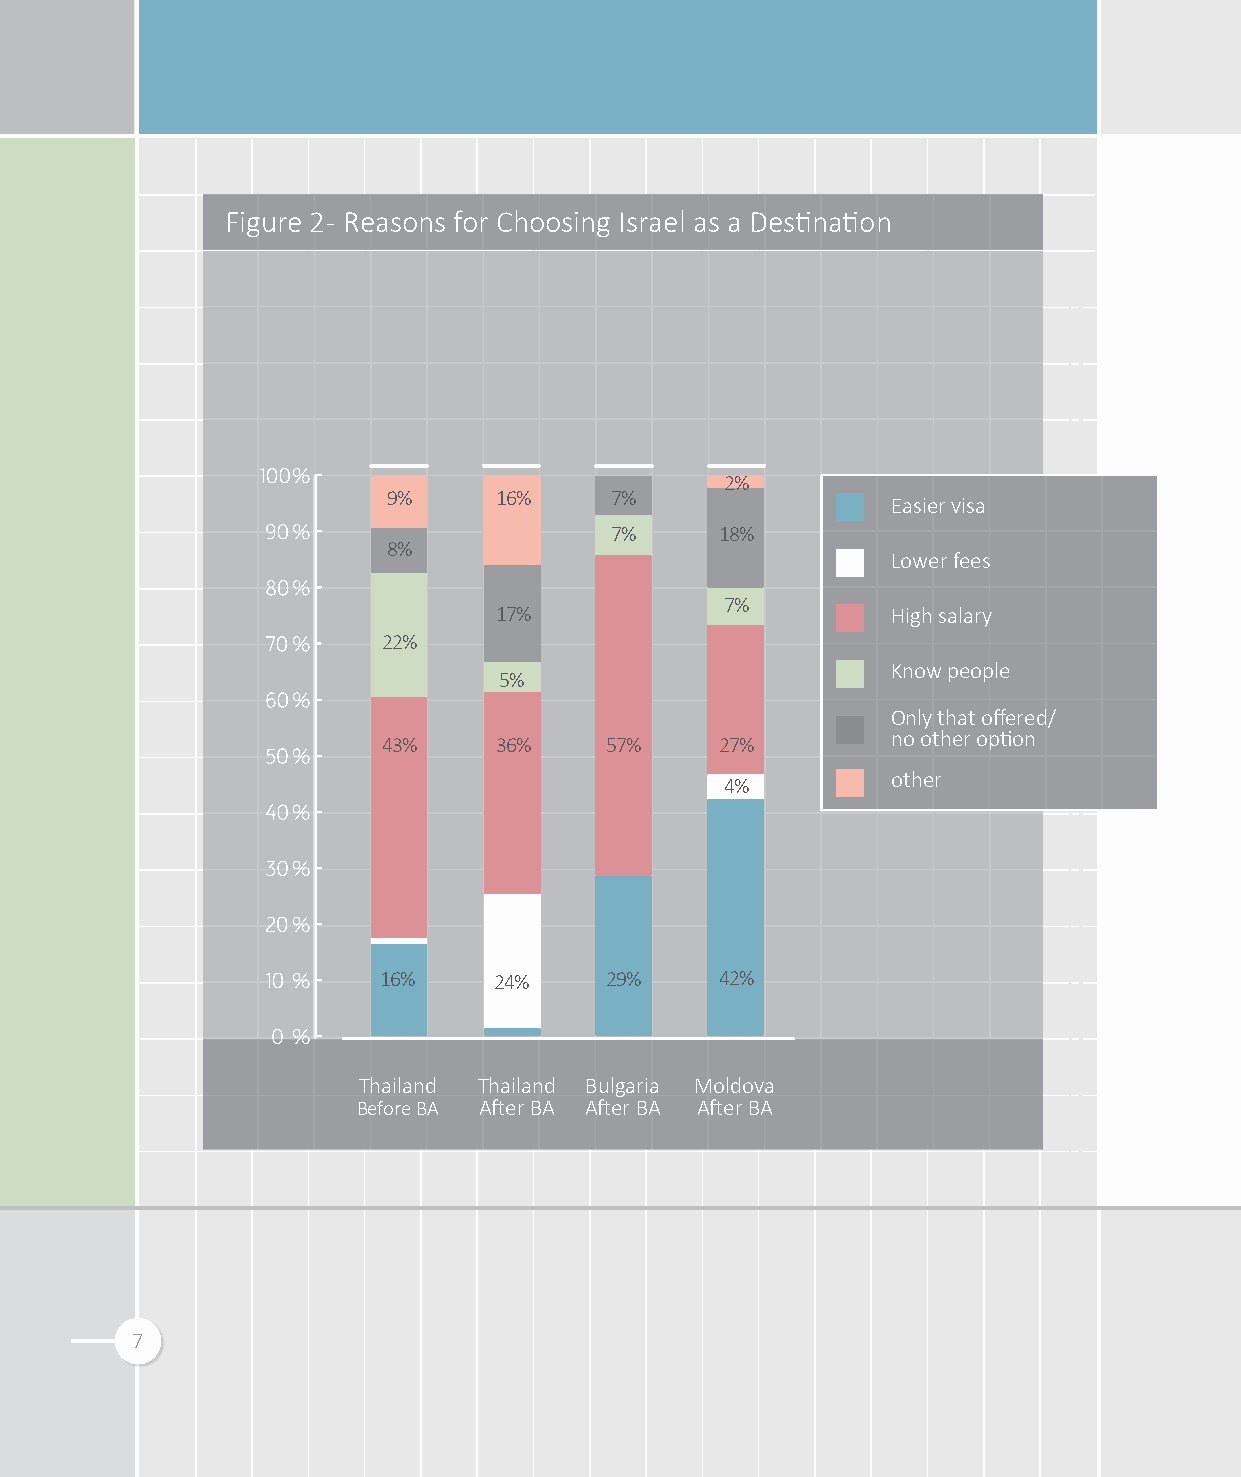
Figure 2 - Reasons for Choosing Israel as a Destination
 2%
 9%     16%    7%
 Easier visa
 7%      18%
 8%
 Lower fees
 7%
 17%                       High salary
 22%
 Know people
 5%
 Only that offered/
 no other option
 43%     36%    57%     27%
 other
 4%
 16%     24%    29%     42%
 Thailand Thailand Bulgaria Moldova
 Before BA After BA After BA After BA
 7